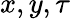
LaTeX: x,y,\tau